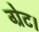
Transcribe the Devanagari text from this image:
ग्रेट।